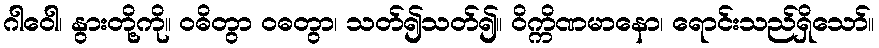
ဂါဝေါ၊ နွားတို့ကို။ ဝဓိတွာ ဝဓတွာ၊ သတ်၍သတ်၍။ ဝိက္ကိဏမာနော၊ ရောင်းသည်ရှိသော်။